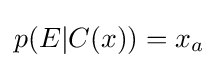
p(E|C(x))=x_{a}